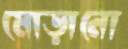
মোড়ানো